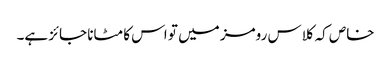
خاص کہ کلاس رومز میں تو اس کا مٹانا جائز ہے۔